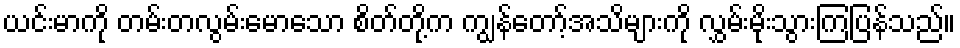
ယင်းမာကို တမ်းတလွမ်းမောသော စိတ်တို့က ကျွန်တော့်အသိများကို လွှမ်းမိုးသွားကြပြန်သည်။